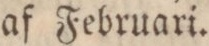
af Februari.